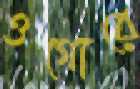
ওগোরে